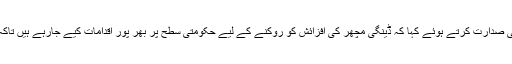
04 جون2020ء)ڈپٹی کمشنرسدرہ یونس نیاجلاس کی صدارت کرتے ہوئے کہا کہ ڈینگی مچھر کی افزائش کو روکنے کے لیے حکومتی سطح پر بھر پور اقدامات کیے جارہے ہیں تاکہ ڈینگی مچھر کا ملک سے مکمل خاتمہ کیا جاسکے۔